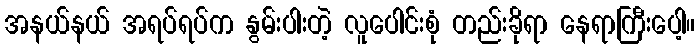
အနယ်နယ် အရပ်ရပ်က နွမ်းပါးတဲ့ လူပေါင်းစုံ တည်းခိုရာ နေရာကြီးပေါ့။